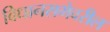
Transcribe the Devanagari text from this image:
विधानसभेवरील